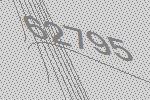
62795